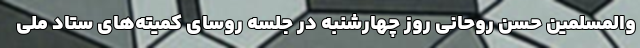
والمسلمین حسن روحانی روز چهارشنبه در جلسه روسای کمیته‌های ستاد ملی